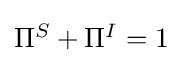
{\textstyle \Pi ^{S}+\Pi ^{I}=1}